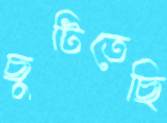
ছুটিতেছি